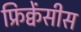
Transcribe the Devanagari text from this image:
फ्रिक्वेंसीस